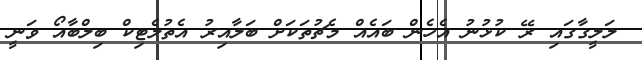
ލަލީގާގައި ރޭ ކުޅުނު އެހެން ބައެއް މެޗުތަކަށް ބަލާއިރު އެތުލެޓިކް ބިލްބާއޯ ވަނީ